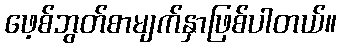
ဖေ့စ်ဘွတ်စာမျက်နှာဖြစ်ပါတယ်။